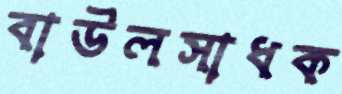
বাউলসাধক